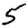
Digit: 5